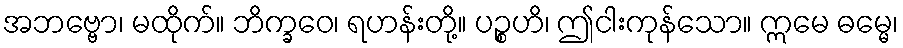
အဘဗ္ဗော၊ မထိုက်။ ဘိက္ခဝေ၊ ရဟန်းတို့။ ပဉ္စဟိ၊ ဤငါးကုန်သော။ ဣမေ ဓမ္မေ၊